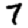
Digit: 7